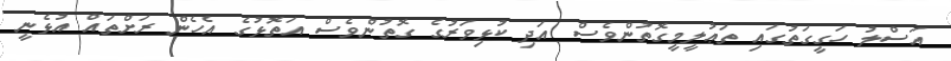
އަސްލު ހަގީގަތުގައި ތަޢުލީމީގޮތުންވެސް އަދި ކުޅިވަރުގެ ގޮތުންވެސް އަތޮޅުގެ އެހެން ރަށްތައް އުޅެނީ